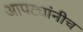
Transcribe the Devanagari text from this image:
आपट्यांनीच